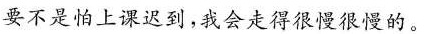
要不是怕上课迟到，我会走得很慢很慢的。